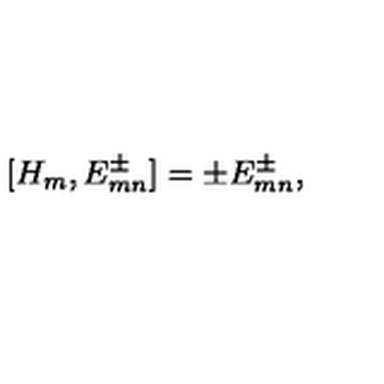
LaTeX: [ H _ { m } , E _ { m n } ^ { \pm } ] = \pm E _ { m n } ^ { \pm } ,